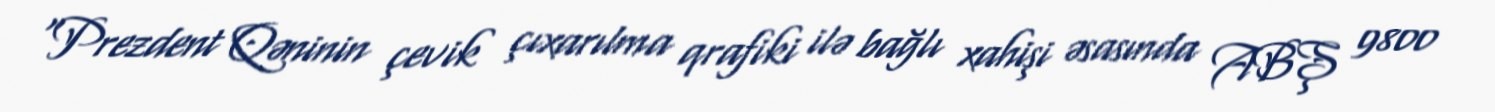
“Prezdent Qəninin çevik çıxarılma qrafiki ilə bağlı xahişi əsasında ABŞ 9800